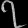
Digit: ၇